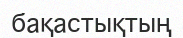
бақастықтың